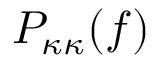
P _ { \kappa \kappa } ( f )